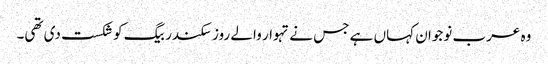
وہ عرب نوجوان کہاں ہے جس نے تہوار والے روز سکندر بیگ کو شکست دی تھی۔